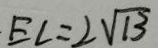
E L = 2 \sqrt { 1 3 }